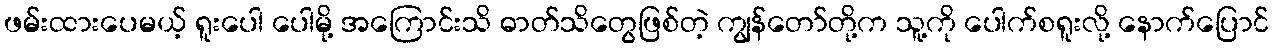
ဖမ်းထားပေမယ့် ရူးပေါ ပေါမို့ အကြောင်းသိ ဓာတ်သိတွေဖြစ်တဲ့ ကျွန်တော်တို့က သူ့ကို ပေါက်စရူးလို့ နောက်ပြောင်